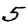
Digit: 5